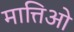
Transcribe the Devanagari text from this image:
मात्तिओ